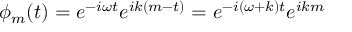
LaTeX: \phi _ { m } ( t ) = e ^ { - i \omega t } e ^ { i k ( m - t ) } = e ^ { - i ( \omega + k ) t } e ^ { i k m }